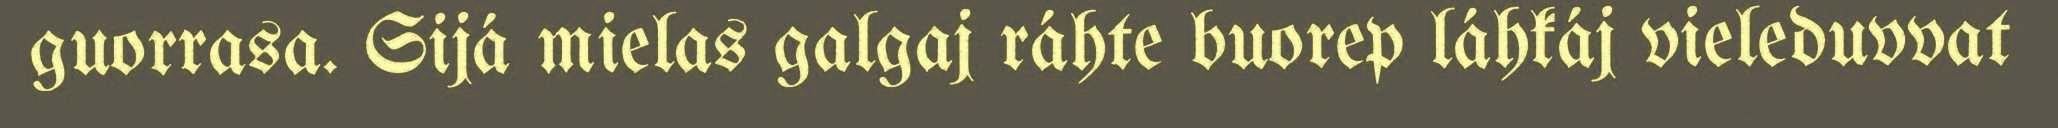
guorrasa. Sijá mielas galgaj ráhte buorep láhkáj vieleduvvat